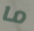
ما